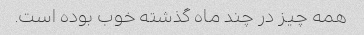
همه چیز در چند ماه گذشته خوب بوده است.